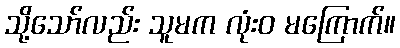
သို့သော်လည်း သူမက လုံးဝ မကြောက်။